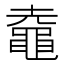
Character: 鼀